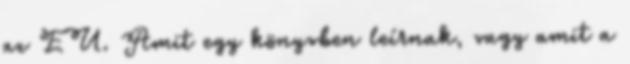
az EU. Amit egy könyvben leírnak, vagy amit a